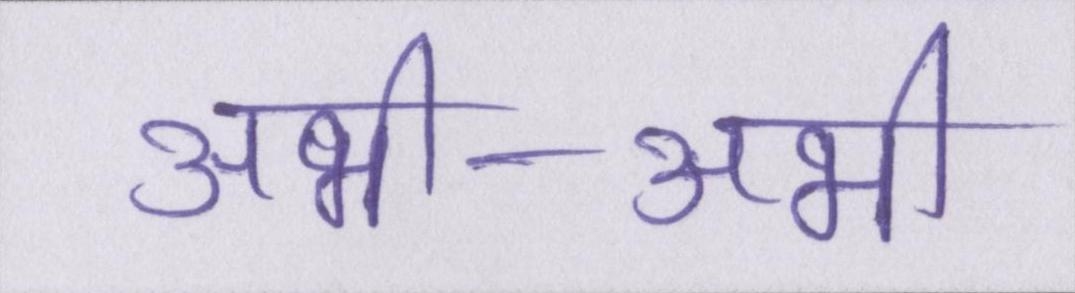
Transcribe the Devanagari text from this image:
अभी-अभी